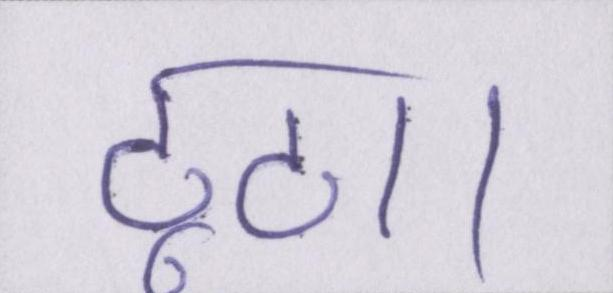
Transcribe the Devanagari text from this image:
टूटा।